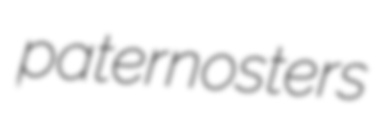
paternosters